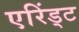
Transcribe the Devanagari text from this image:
एरिंड्ट